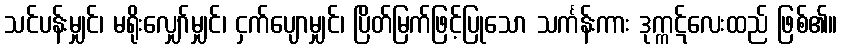
သင်ပန်းမျှင်၊ မရိုးလျှော်မျှင်၊ ငှက်ပျောမျှင်၊ ပြိတ်မြက်ဖြင့်ပြုသော သင်္ကန်းကား ဒုက္ကဋ်လေးထည် ဖြစ်၏။